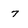
Character: 7